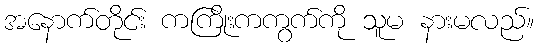
အနောက်တိုင်း ကကြိုးကကွက်ကို သူမ နားမလည်။